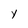
Character: Y